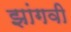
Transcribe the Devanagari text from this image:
झांगवी